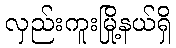
လှည်းကူးမြို့နယ်ရှိ